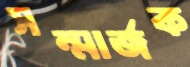
সম্মার্জক